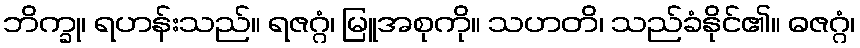
ဘိက္ခု၊ ရဟန်းသည်။ ရဇဂ္ဂံ၊ မြူအစုကို။ သဟတိ၊ သည်ခံနိုင်၏။ ဓဇဂ္ဂံ၊